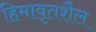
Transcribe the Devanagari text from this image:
हिमावृतशैल